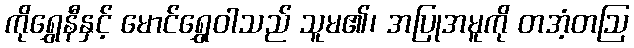
ကိုရွှေနီနှင့် မောင်ရွှေဝါသည် သူမ၏၊ အပြုအမူကို တအံ့တဩ